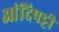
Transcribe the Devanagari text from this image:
आंदिपट्टी